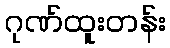
ဂုဏ်ထူးတန်း